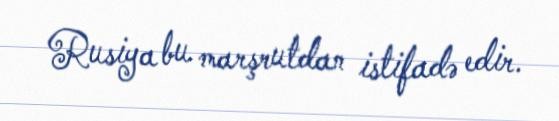
Rusiya bu marşrutdan istifadə edir.